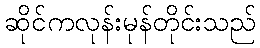
ဆိုင်ကလုန်းမုန်တိုင်းသည်